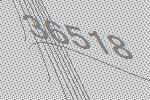
36518